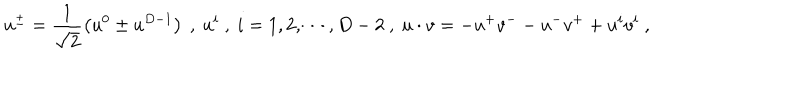
LaTeX: u ^ { \pm } = \frac { 1 } { \sqrt { 2 } } \left( u ^ { 0 } \pm u ^ { D - 1 } \right) \ , \ u ^ { i } \ , \ i = 1 , 2 , \cdots , D - 2 \ , \ u \cdot v = - u ^ { + } v ^ { -- } u ^ { - } v ^ { + } + u ^ { i } v ^ { i } \ ,